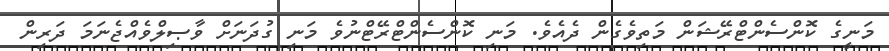
މަނީގެ ކޮންސެންޓްރޭޝަން މަތިވެގެން ދެއެވެ. މަނި ކޮންސެންޓްރޭޓްނުވެ މަނި ގުދަނަށް ވާޞިލްވެއްޖެނަމަ ދަރިން